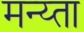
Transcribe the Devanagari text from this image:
मन्य्ता